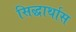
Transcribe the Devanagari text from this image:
सिद्धार्थास